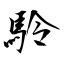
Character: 駖